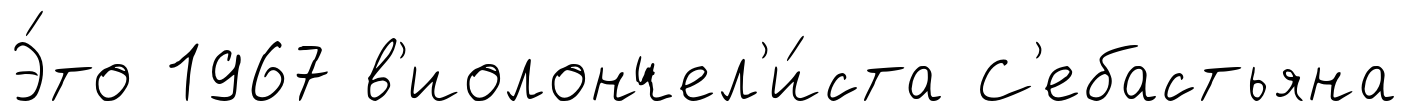
Э́то 1967 в'иолончел'и́ста С'ебастьяна